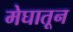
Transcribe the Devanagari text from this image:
मेघातून